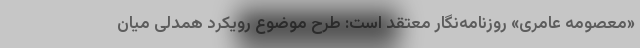
«معصومه عامری»‌ روزنامه‌نگار معتقد است: طرح موضوع رویکرد همدلی میان